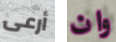
أرعى وان